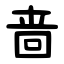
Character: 啬